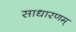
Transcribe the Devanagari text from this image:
साधारणम्